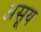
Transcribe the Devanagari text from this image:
असूय